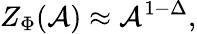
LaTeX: Z_{\Phi}({\cal{A}})\approx{\cal{A}}^{1-\Delta},